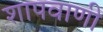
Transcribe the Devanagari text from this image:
शापवाणी